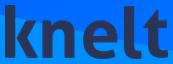
knelt